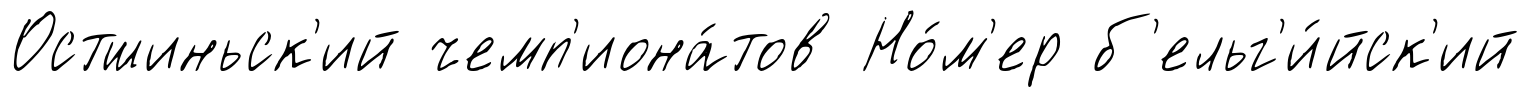
Остшиньск'ий чемп'иона́тов Но́м'ер б'ельг'и́йск'ий